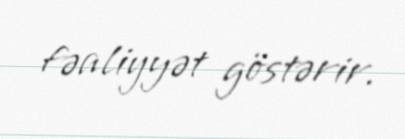
fəaliyyət göstərir.